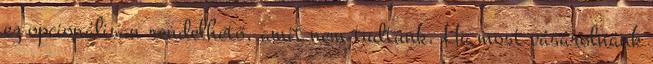
ez opcionálisan rendelhető, amit nem tudtunk. Ha most vásárolnánk